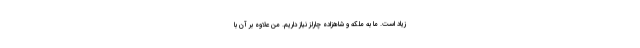
زیاد است. ما به ملکه و شاهزاده چارلز نیاز داریم. من علاوه بر آن با